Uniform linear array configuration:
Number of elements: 24
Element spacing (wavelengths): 0.5
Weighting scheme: hann
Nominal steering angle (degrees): -15
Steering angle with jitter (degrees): -16.958
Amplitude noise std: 0.05
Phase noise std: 0.05

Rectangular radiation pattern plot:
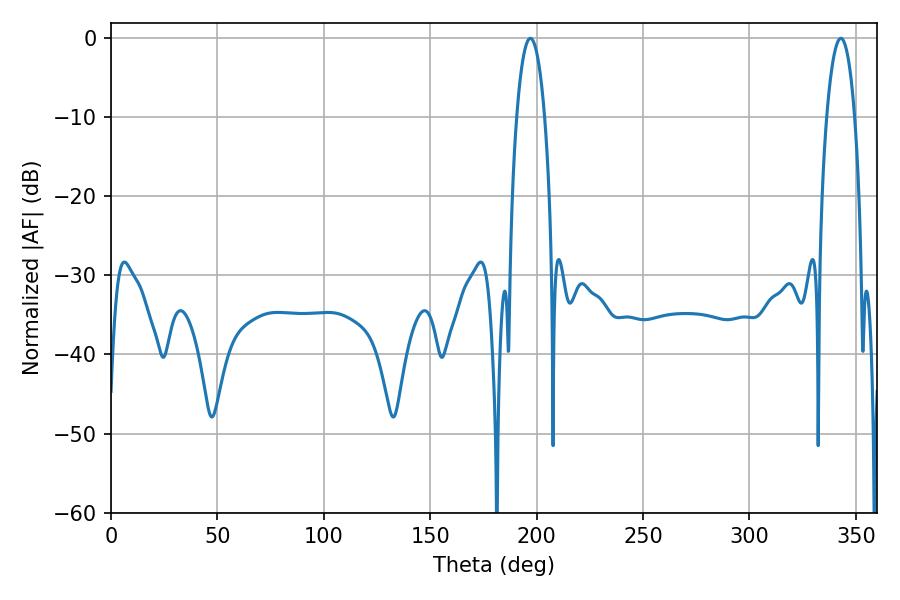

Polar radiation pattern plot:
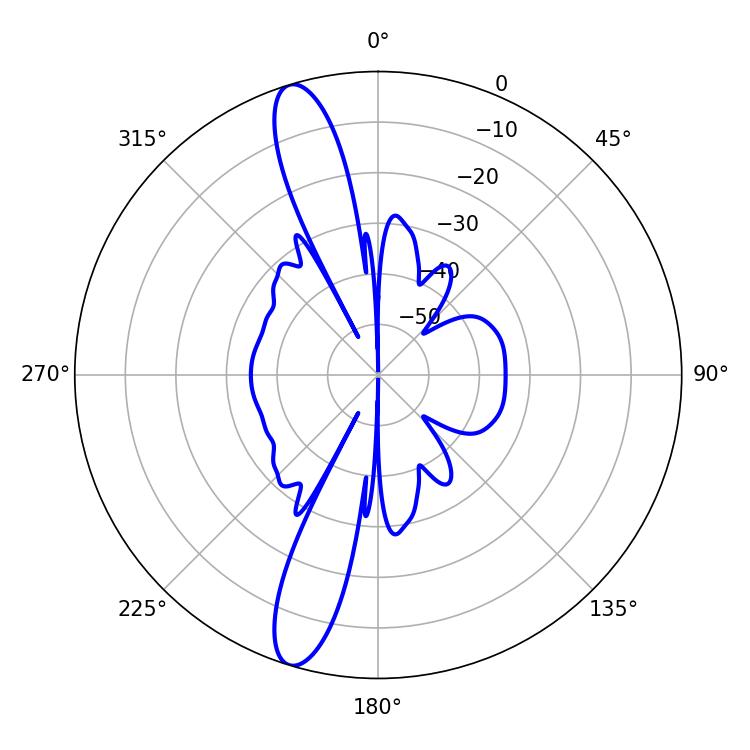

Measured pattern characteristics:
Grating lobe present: FALSE
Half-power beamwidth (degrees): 7.2
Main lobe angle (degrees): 197.1